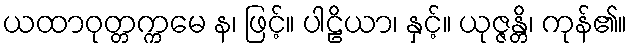
ယထာဝုတ္တက္ကမေ န၊ ဖြင့်။ ပါဠိယာ၊ နှင့်။ ယုဇ္ဇန္တိ၊ ကုန်၏။